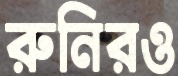
রুনিরও